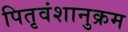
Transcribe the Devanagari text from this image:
पितृवंशानुक्रम